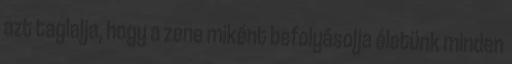
azt taglalja, hogy a zene miként befolyásolja életünk minden